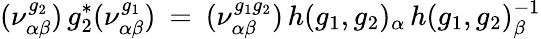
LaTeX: (\nu_{\alpha\beta}^{g_{2}})\, g_{2}^{*}(\nu_{\alpha\beta}^{g_{1}})\: =\: (\nu_{\alpha\beta}^{g_{1}g_{2}})\, h(g_{1},g_{2})_{\alpha}\, h(g_{1},g_{2})_{\beta}^{-1}